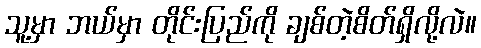
သူ့မှာ ဘယ်မှာ တိုင်းပြည်ကို ချစ်တဲ့စိတ်ရှိလို့လဲ။